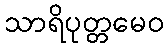
သာရိပုတ္တမေဝ